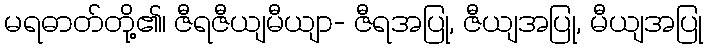
မရဓာတ်တို့၏၊ ဇီရဇီယျမီယျာ- ဇီရအပြု, ဇီယျအပြု, မီယျအပြု